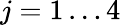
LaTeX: j=1\dots 4